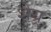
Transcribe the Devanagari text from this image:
शेय्र्र